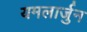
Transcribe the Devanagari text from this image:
यमलार्जुन